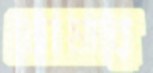
ভোমার